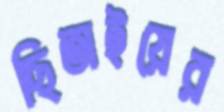
ছিতাইয়ের